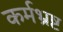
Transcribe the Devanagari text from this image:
कर्मभ्रष्ट